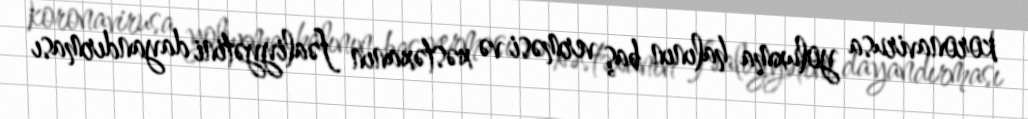
koronavirusa yoluxma halının baş verməsi və xəstəxanın fəaliyyətini dayandırması